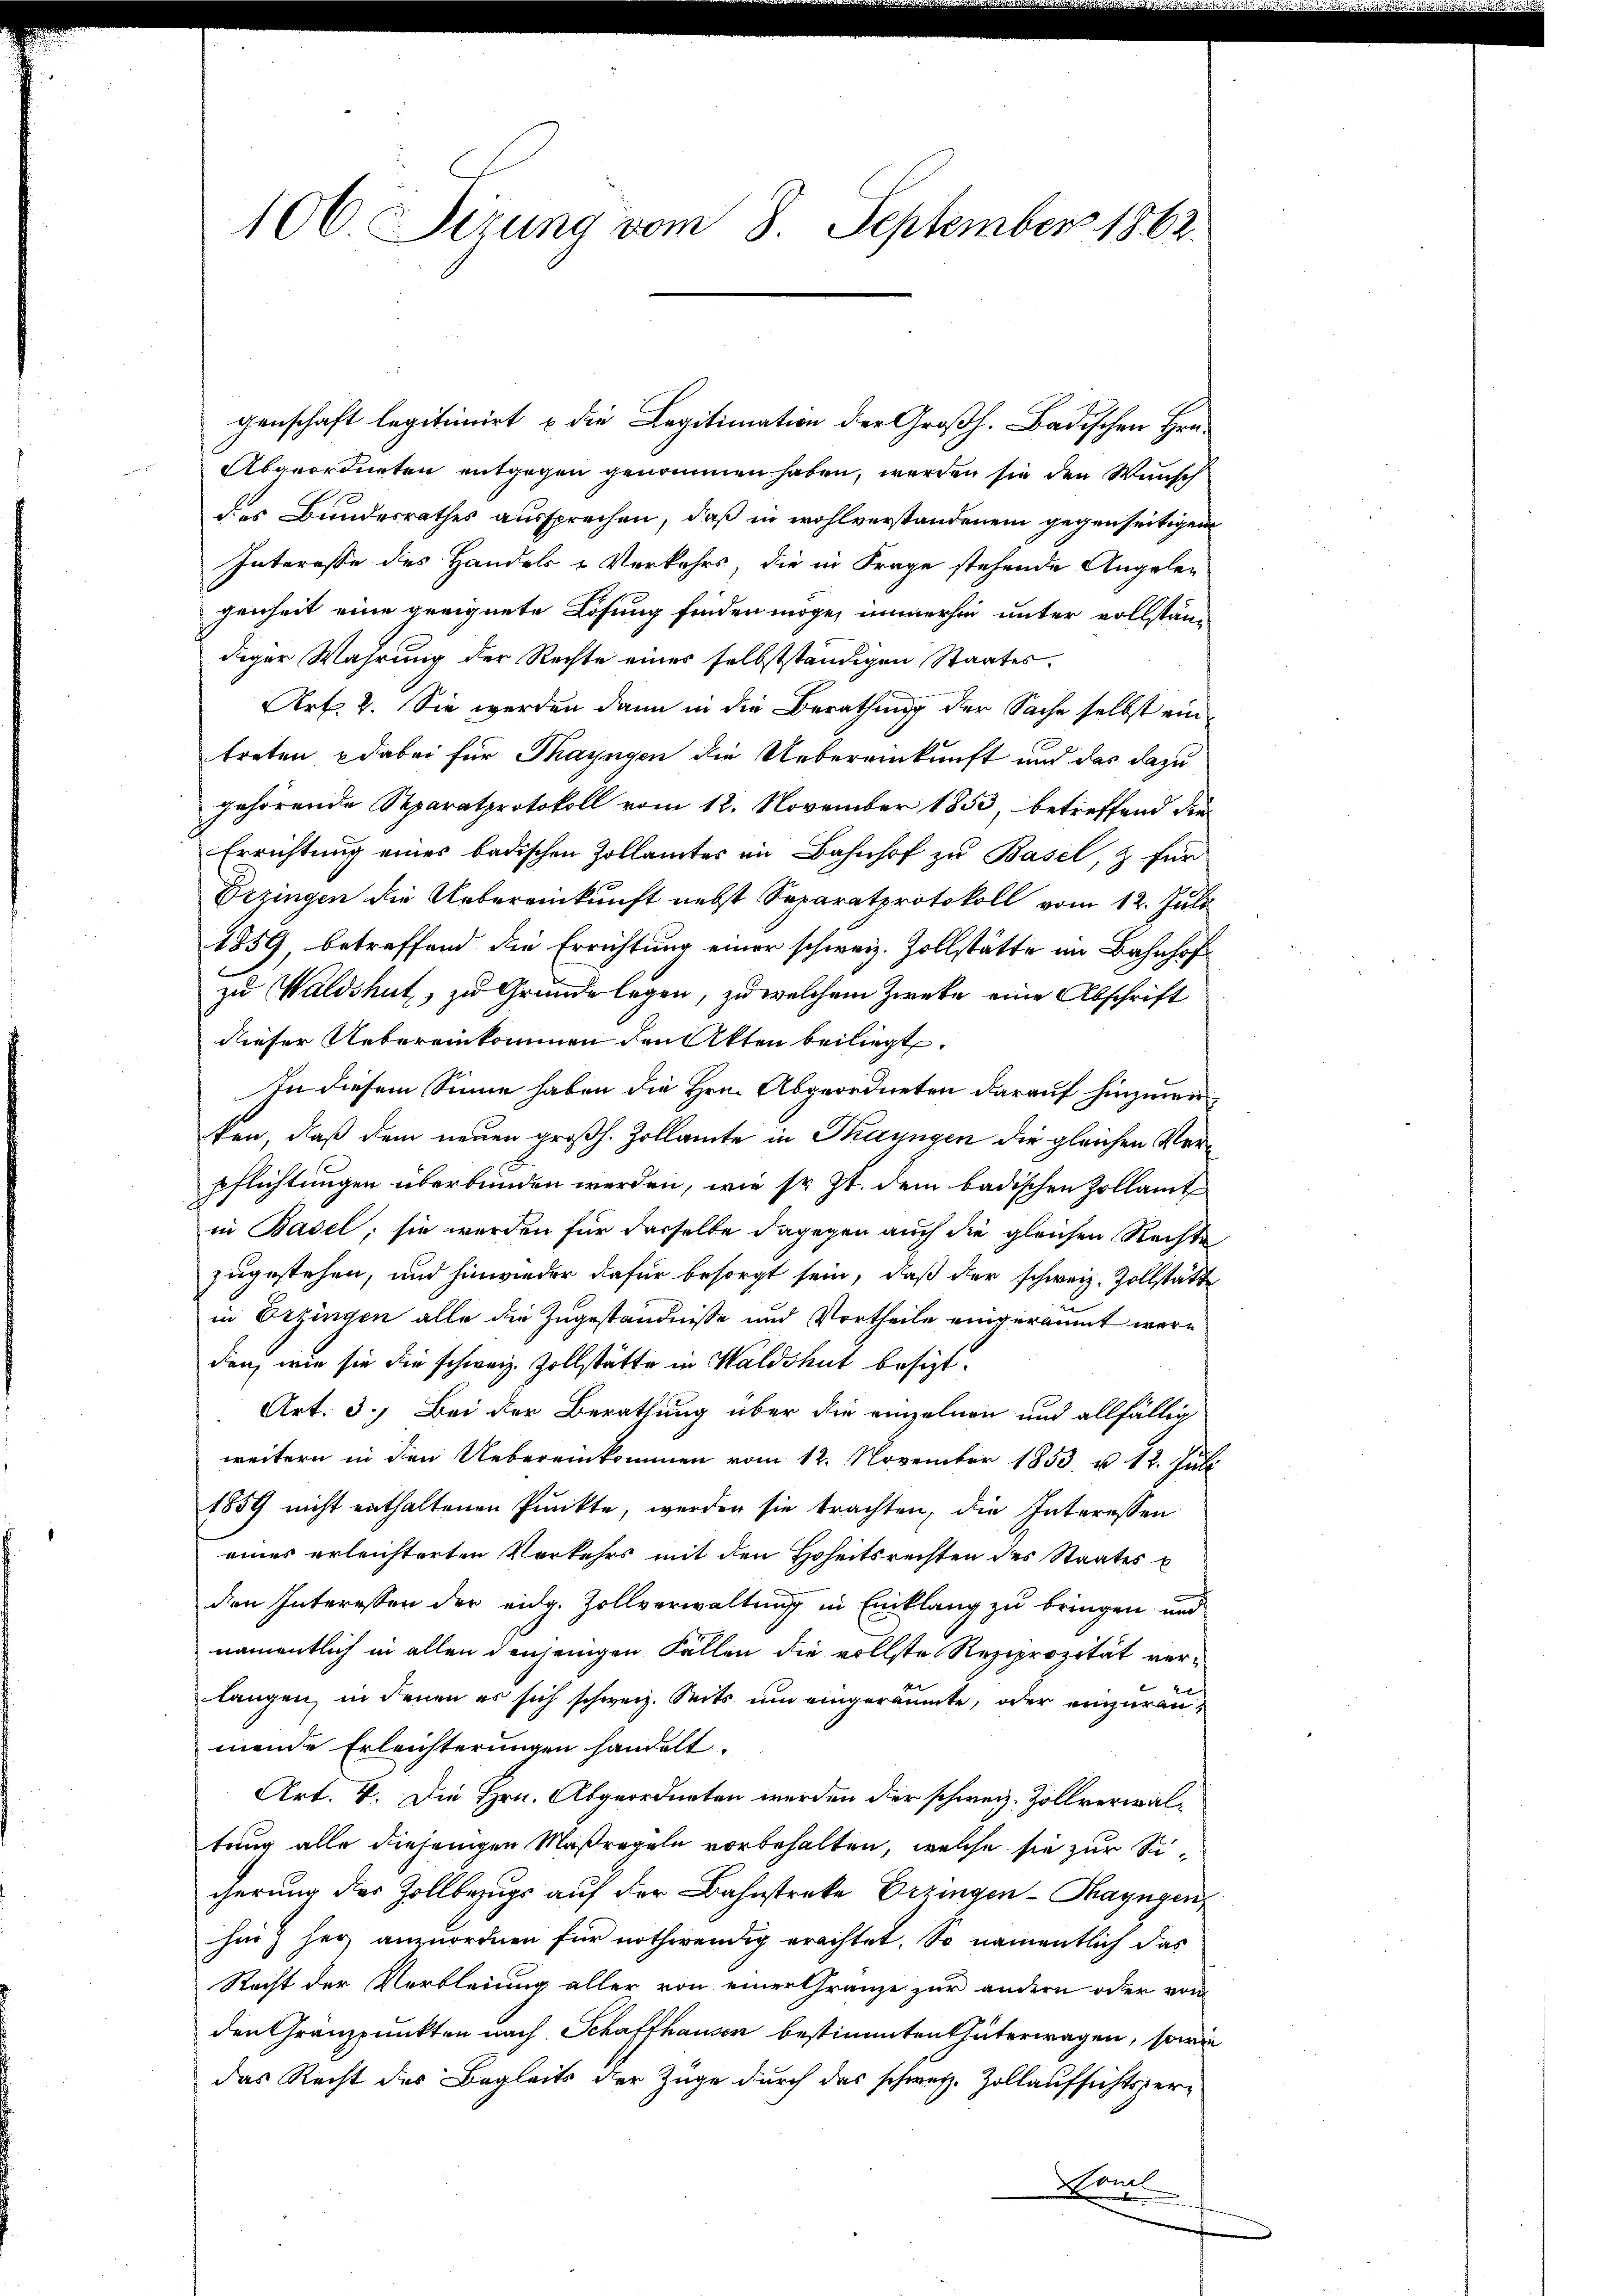
106 Sizung vom 8. September 1862.

genschaft legitionirt & die Legitimation der Großh. Badischen Hrn.
Abgeordneten entgegen genommen haben, werden sie den Wunsch
des Bundesrathes aussprechen, daß in wohlverstandenem gegenseitigen
Interesse des Handels Verkehrs, die in Frage stehende Angeleg
genheit eine geeignete Lösung finden möge, immerhin unter vollständ
diger Wahrung der Rechte eines selbstständigen Staates.
Art. 2. Sie werden dann in die Berathung der Sache selbst eintreten dabei für Thayngen die Uebereinkunft und das dazu
gehörende Separatprotokoll vom 12. November 1853, betreffend die
Errichtung eines badischen Zollamtes im Bahnhof zu Basel, & für
Erzingen die Uebereinkunft nebst Separatprotokoll vom 12. Juli
1859, betreffend die Errichtung einer schweiz. Zollstätte im Bahnhof
zu Waldshut, zu Grunde legen, zu welchem Zweke eine Abschrift
dieser Uebereinkommen den Akten beiliegt.
In diesem Sinne haben die Hrn. Abgeordneten darauf hinzuwir
ken, daß dem neuen großh. Zollamte in Thayngen die gleichen Ver¬
Pflichtungen überbunden werden, wie sr. Zt. dem badischen Zollamt
in Basel; sie werden für dasselbe dagegen auch die gleichen Rechte
zugestehen, und hinwieder dafür besorgt sein, daß der schweiz. Zollstätte
in Erzingen alle die Zugeständnisse und Vortheile eingeräumt werden, wie sie die schweiz. Zollstätte in Waldshut besizt¬
Art. 3.) Bei der Berathung über die einzelnen und allfällig
weitern in den Uebereinkommen vom 12. November 1853 u. 12. Juli
1859 nicht enthaltenen Punkte, werden sie trachten, die Interessen
eines erleichterten Verkehrs mit den Hoheitsrechten des Staates u
den Interessen der eidg. Zollverwaltung in Einklang zu bringen und
namentlich in allen denjenigen Fallen die vollste Reziprozität verlangen, in denen es sich schweiz. Seits um eingeräumte, oder einzuräumende Erleichterungen handelt.
Art. V. Die Hrn. Abgeordneten werden der schweiz. Zollverwaltung alle diejenigen Maßregeln vorbehalten, welche sie zur Sicherung des Zollbezugs auf der Bahnstreke Erzingen Thayngen,
hinz her anzuordnen für nothwendig erachtet. So namentlich das
Recht der Verbleiung aller von einer Gränze zur andern oder vom
den Granzpunkten nach Schaffhausen bestimmten thüterwagen, sowie
das Recht des Begleits der Züge durch das schweiz. Zollaufsichtsper-
Homl
2